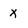
Character: x